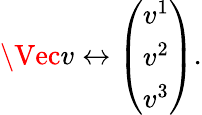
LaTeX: \Vec{v}\leftrightarrow\left(\begin{array}{l}{v^{1}}\\ {v^{2}}\\ {v^{3}}\end{array}\right).